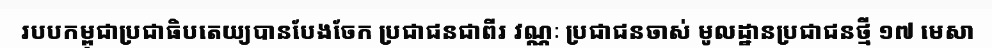
របបកម្ពុជាប្រជាធិបតេយ្យបានបែងចែក ប្រជាជនជាពីរ វណ្ណៈ ប្រជាជនចាស់ មូលដ្ឋានប្រជាជនថ្មី ១៧ មេសា